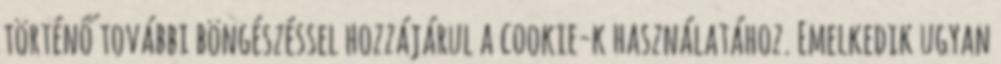
történő további böngészéssel hozzájárul a cookie-k használatához. Emelkedik ugyan